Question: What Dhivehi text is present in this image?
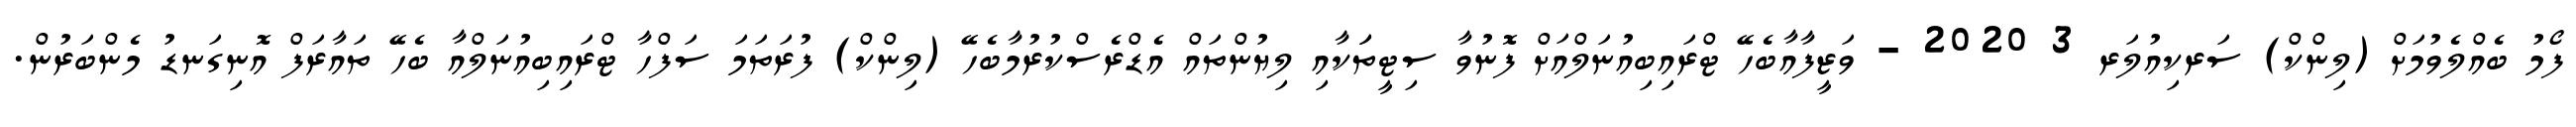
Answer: ފޯމު ބެއްލެވުމަށް (ލިންކް) ސަރކިއުލަރ 3 2020 - ވަޒީފާއާބެހޭ ޓްރައިބިއުނަލްއަށް ފޮނުވާ ސިޓީތަަކާއި ލިޔުންތައް އެޑްރެސްކުރުމާބެހޭ (ލިންކް) ފުރަތަމަ ސަފްހާ ޓްރައިބިއުނަލްއާ ބެހޭ ތައާރަފް އޮނިގަނޑު މެންބަރުން.